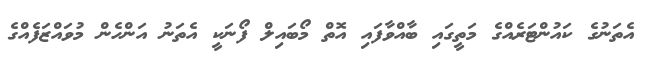
އެތަނުގެ ކައުންޓަރެއްގެ މަތީގައި ބާއްވާފައި އޮތް މޯބައިލް ފޯނަކީ އެތަނު އަންހެން މުވައްޒަފެއްގެ